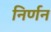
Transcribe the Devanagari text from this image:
निर्णन